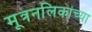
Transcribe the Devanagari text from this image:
मूत्रनलिकांच्या